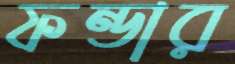
ফন্ডার